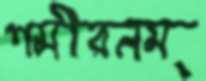
শমীরনম্